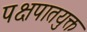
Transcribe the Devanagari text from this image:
पक्षपातयुक्त